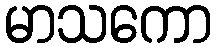
မာသကော